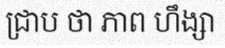
ជ្រាប ថា ភាព ហឹង្សា